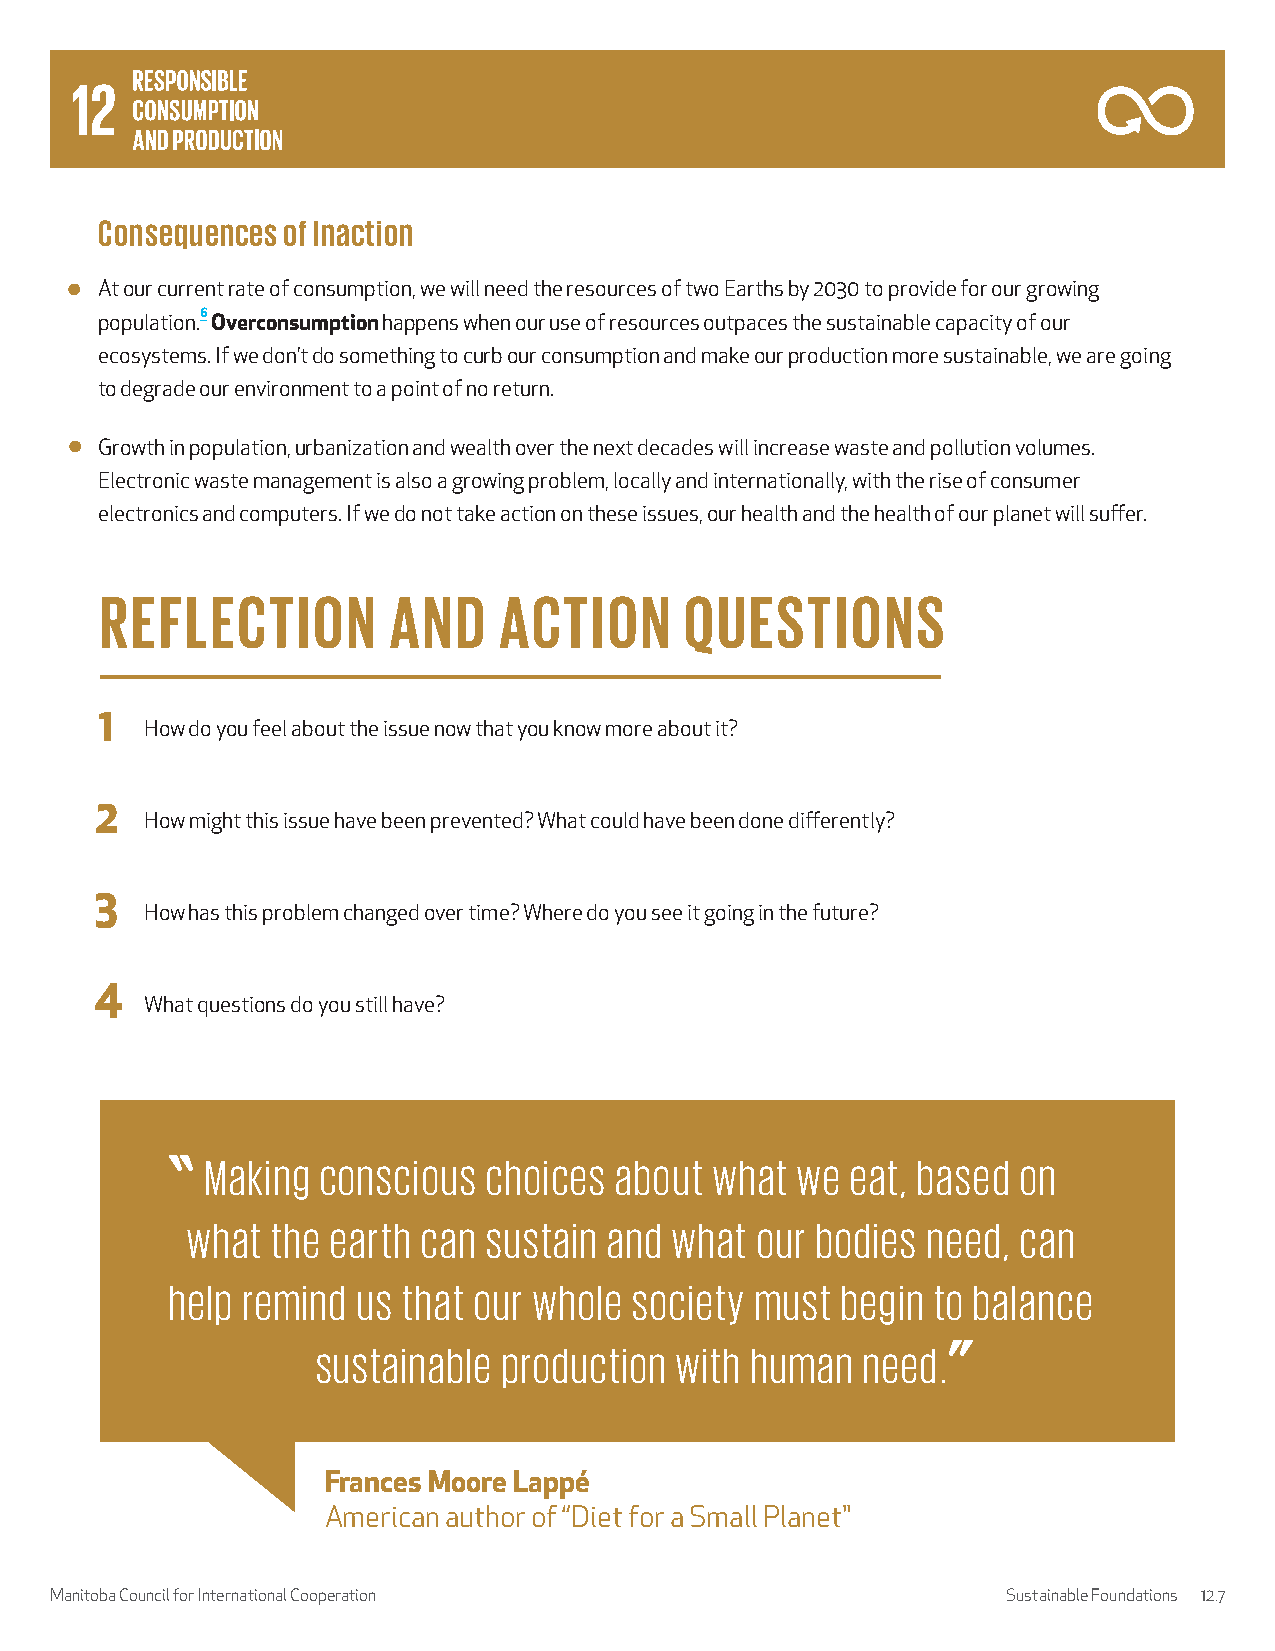
Consequences of Inaction
 At our current rate of consumption, we will need the resources of two Earths by 2030 to provide for our growing
 population.6 Overconsumption happens when our use of resources outpaces the sustainable capacity of our
 ecosystems. If we don’t do something to curb our consumption and make our production more sustainable, we are going
 to degrade our environment to a point of no return.
 Growth in population, urbanization and wealth over the next decades will increase waste and pollution volumes.
 Electronic waste management is also a growing problem, locally and internationally, with the rise of consumer
 electronics and computers. If we do not take action on these issues, our health and the health of our planet will suffer.
 REFLECTION         AND    ACTION      QUESTIONS
 1
 How do you feel about the issue now that you know more about it?
 2
 How might this issue have been prevented? What could have been done differently?
 3
 How has this problem changed over time? Where do you see it going in the future?
 4
 What questions do you still have?
 Making conscious  choices  about what  we eat, based  on
 what  the earth can sustain and  what our bodies need,  can
 help remind  us that our whole society must  begin to balance
 sustainable production  with human  need.
 Frances Moore Lappé
 American author of “Diet for a Small Planet"
 Manitoba Council for International Cooperation                  Sustainable Foundations 12.7